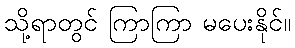
သို့ရာတွင် ကြာကြာ မပေးနိုင်။